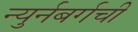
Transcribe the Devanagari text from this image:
न्युर्नबर्गची